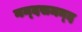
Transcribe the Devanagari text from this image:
नन्‍दसमन्‍द